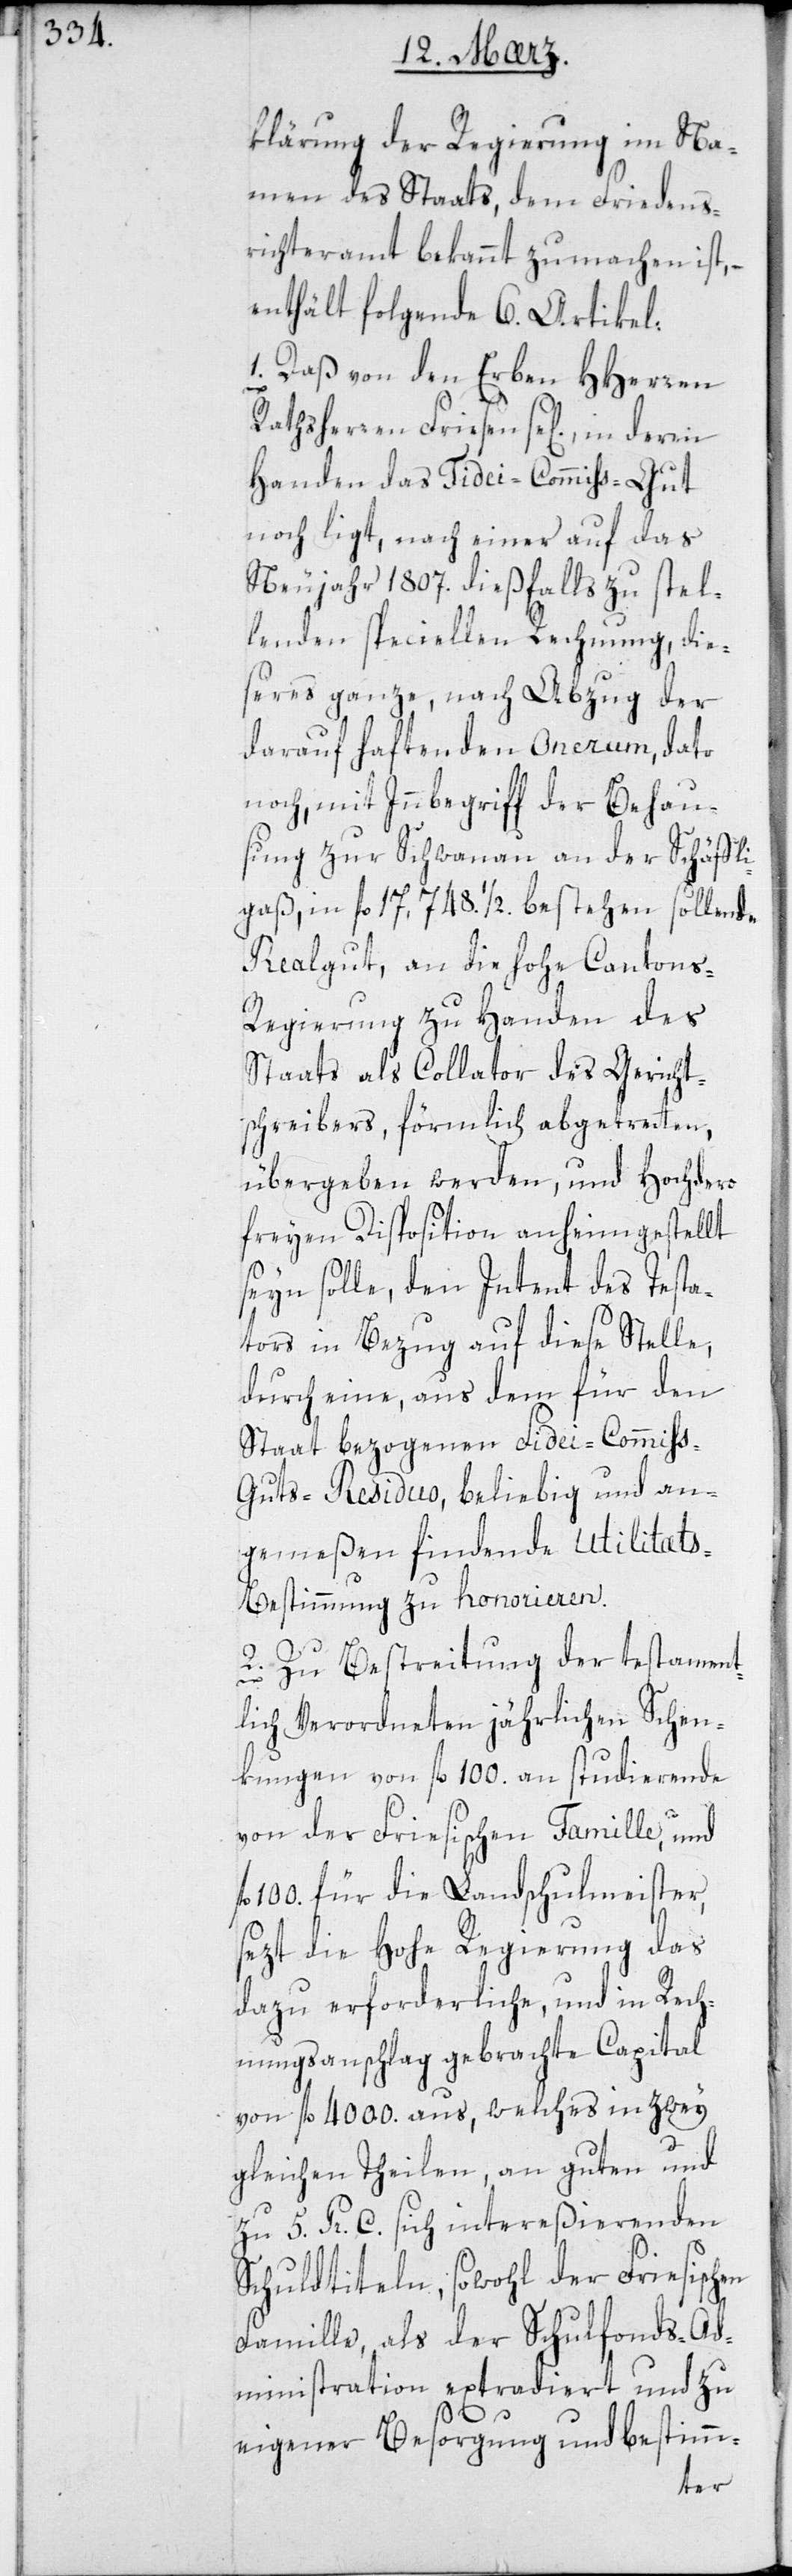
klärung der Regierung im Na¬
men des Staats, dem Friedens¬
richteramt bekannt zu machen ist, –
enthält folgende 6 Artikel:
1. Daß von den Erben HHerren
Rathsherren Friesen sel., in deren
Handen das Fidei-Commiss-Gut
noch liegt, nach einer auf das
Neujahr 1807. diesfalls zu stel¬
lenden speciellen Rechnung, die¬
seres ganze, nach Abzug der
darauf haftenden Onerum, dato
noch mit Innbegriff der Behau¬
sung zur Schwanau an der Schäßli¬
gaß, in fl 17 748. ½. bestehen sollende
Realgut, an die hohe Canton¬
s-Regierung zu Handen des
Staats als Collator des Gericht¬
schreibers, förmlich abgetreten,
übergeben werden, und Hochdero
freyen Disposition anheimgestellt
seyn solle, den Intent des Testa¬
tors in Bezug auf diese Stelle,
durch eine, aus dem für den
Staat bezogene Fidei-Commis¬
s-Guts-Residuo, beliebig und an¬
gemeßen findende Utilitat¬
s-Bestimmung zu honorieren.
2. Zu Bestreitung der testament¬
lich verordneten jährlichen Schen¬
kungen von fl 100. an studierende
von der Friesischen Familie, und
100. für die Landschulmeister,
sezt die hohe Regierung das
dazu Erforderliche, und in Rech¬
nungsanschlag gebrachte Capital
von fl 4000. aus, welches in zwey
gleichen Theilen, an guten und
zu 5 Pr. C. sich intereßierenden
Schuldtiteln, sowohl der Friesischen
Famille, als der Schulfonds-Ad¬
ministration extradiert und zu
eigener Besorgung und bestimm-